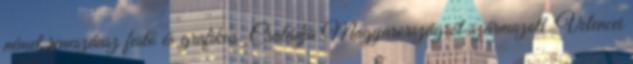
német reneszánsz festő és grafikus. Családja Magyarországról származott. Velencei